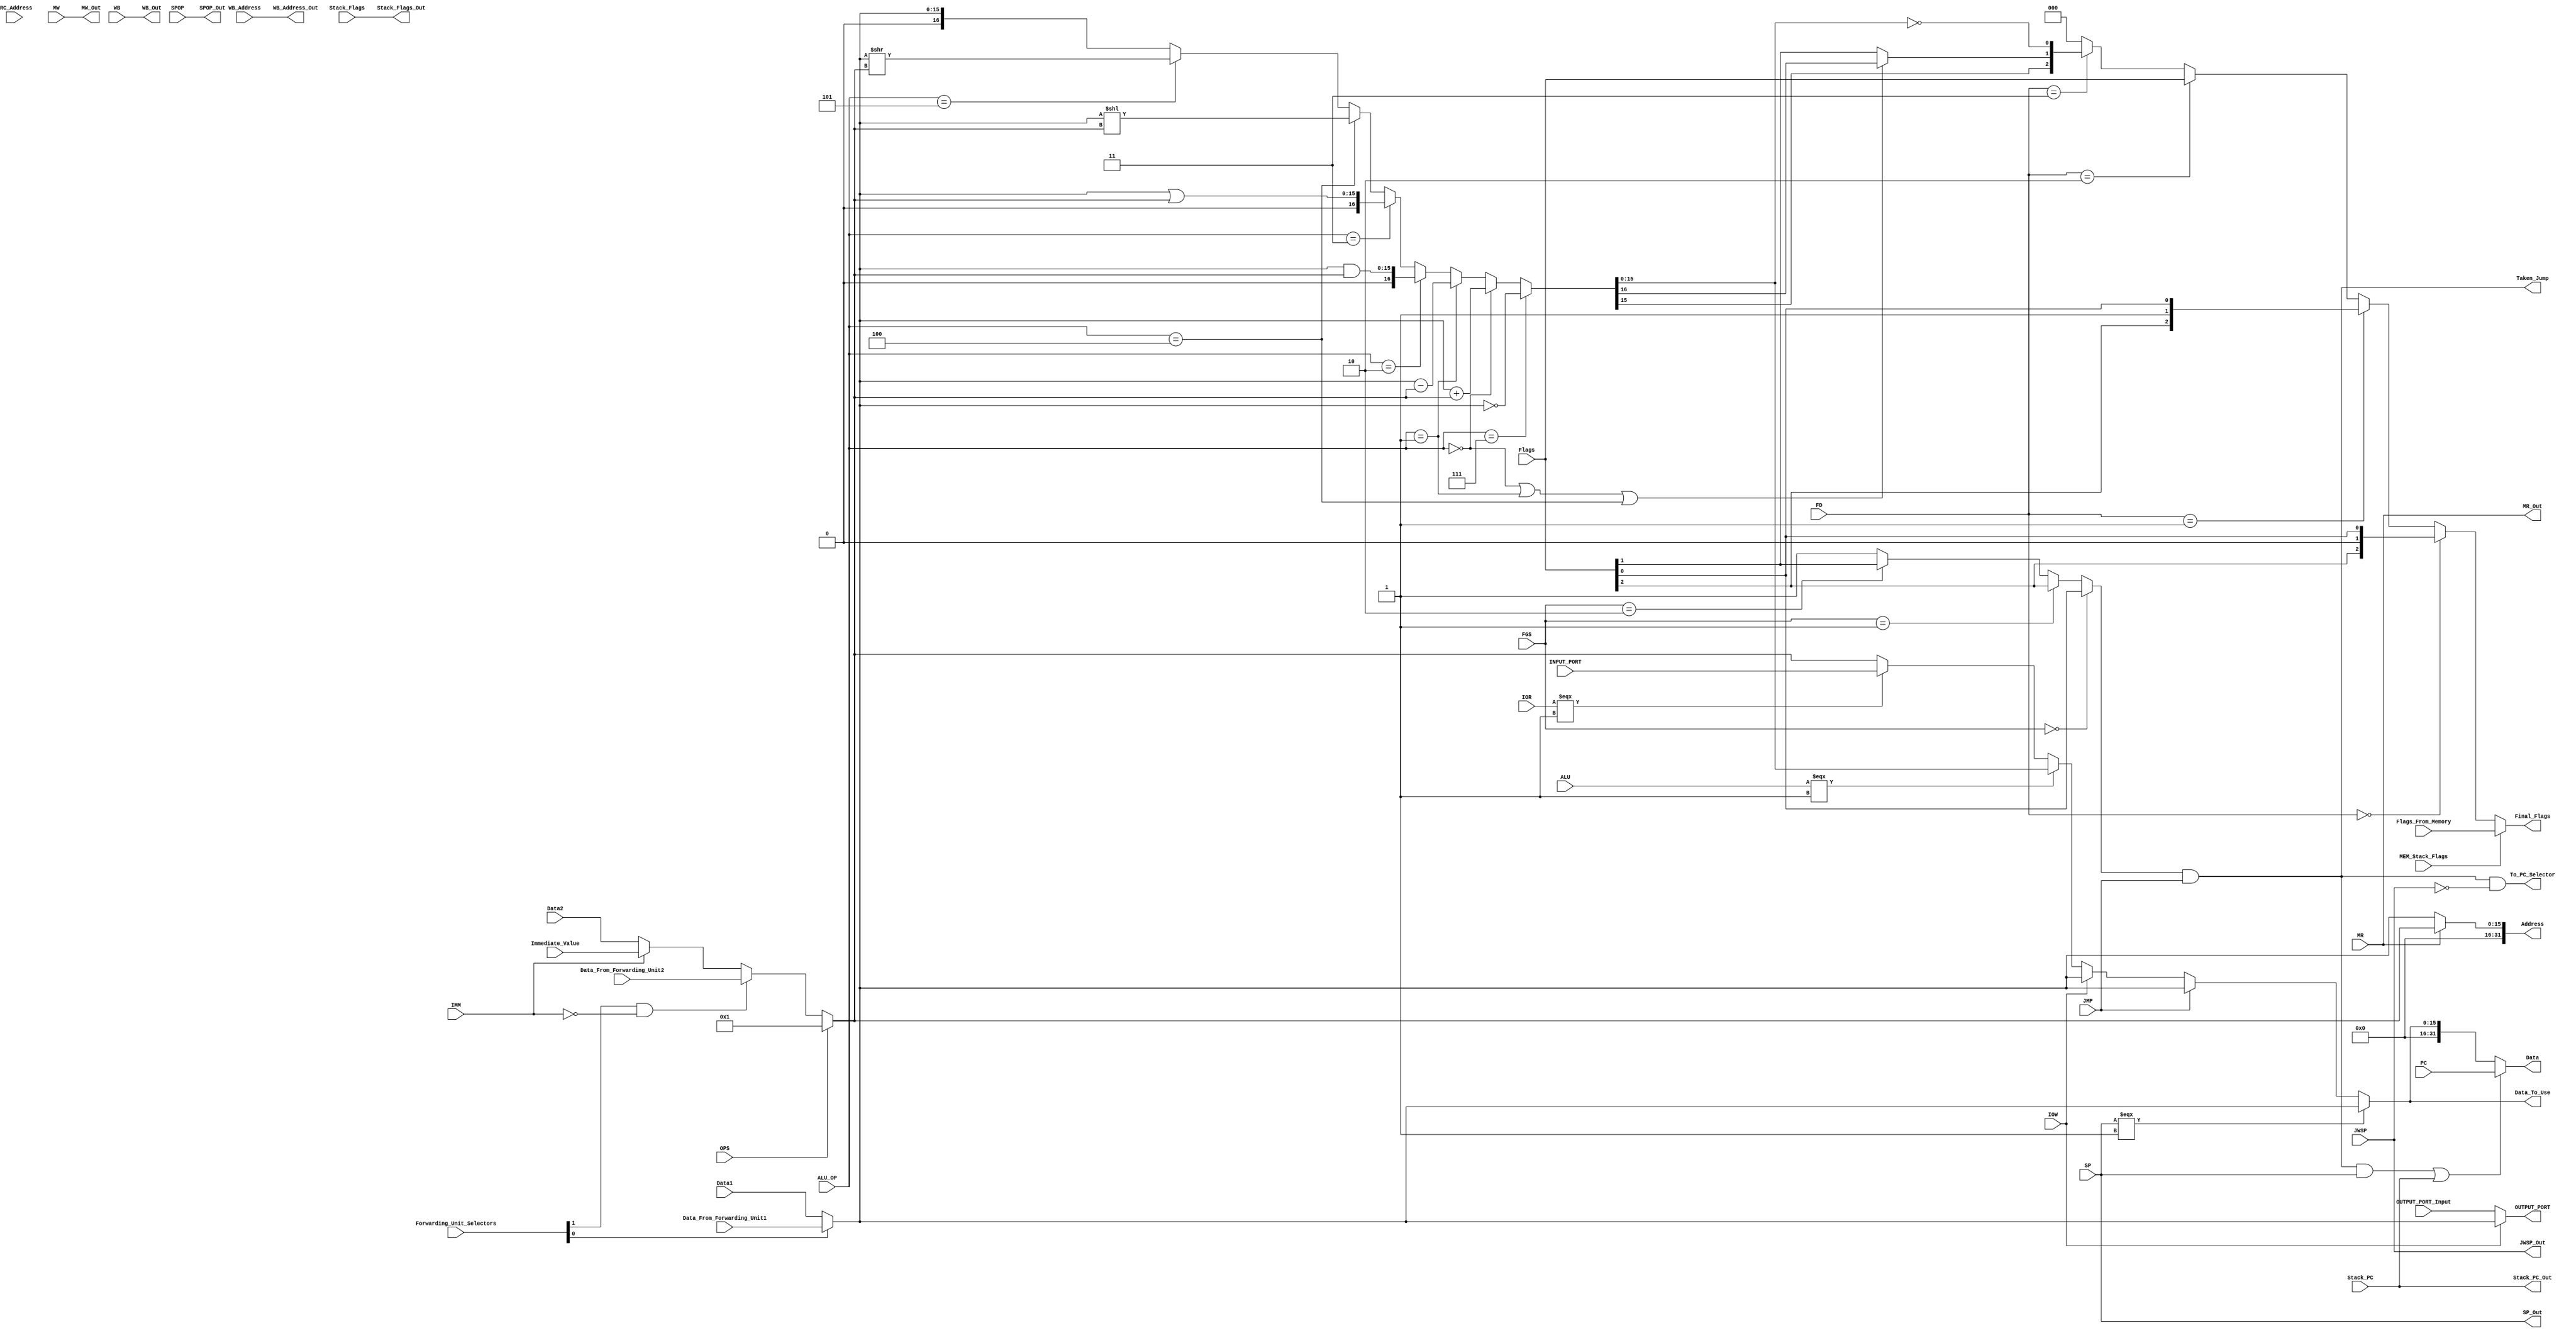
/*ID/EX Buffer 91 bit*/
/*
1: IOR                                |  0 
1: IOW                                |  1
1: OPS                                |  2
3: ALU_OP                             |  5:3
1: ALU                                |  6
2: FD                                 |  8:7
16: Data1                             |  24:9
16: Data2                             |  40:25
3: WB_Address                         |  43:41
1: MR                                 |  44
1: MW                                 |  45
1: WB                                 |  46
1: JMP                                |  47
1: SP                                 |  48
1: SPOP                               |  49
2: FGS                                |  51:50
32: PC                                |  83:52
1: JWSP                               |  84
3: SRC_Address                        |  87:85
1: IMM                                |  88
1: Stack_PC                           |  89
1: Stack_Flags                        |  90
*/

/*EX/MEM Buffer 78*/
/*
32: Data                    | 31:0
3: WB_Address_Out           | 34:32         
1: MR_Out                   | 35
1: MW_Out                   | 36
1: WB_Out                   | 37
32: Address                 | 69:38
1: JWSP_Out                 | 70
1: Stack_PC_Out             | 71
1: Stack_Flags_Out          | 72
3: Final_Flags              | 75:73
1: SP_Out                   | 76
1: SPOP_Out                 | 77
*/


module ExecutionUnit(
    /*Inputs From Buffer*/
    IOR,IOW,OPS,ALU,MR,MW,WB,JMP, SP,SPOP,JWSP,IMM,Stack_PC,Stack_Flags,
    FD,FGS,
    ALU_OP,WB_Address,SRC_Address,
    Data1,Data2,Immediate_Value,
    PC,

    /*Signals*/
    Forwarding_Unit_Selectors, // 1-bit To be changed in the design

    /*Asynchronous Inputs*/
    Data_From_Forwarding_Unit1,
    Data_From_Forwarding_Unit2,

    /*Flags*/
    /*NF|CF|ZF*/
    Flags,

    /*Flags From Memory*/
    /*NF|CF|ZF*/
    Flags_From_Memory,

    /*Input Port*/
    INPUT_PORT,

    /*Output Port*/
    OUTPUT_PORT,
    OUTPUT_PORT_Input,

    /*Outputs*/
    MR_Out,MW_Out,WB_Out,JWSP_Out,Stack_PC_Out,Stack_Flags_Out, SP_Out, SPOP_Out,
    WB_Address_Out,
    Data,Address,

    /*Flags Outputs*/
    /*NF|CF|ZF*/
    Final_Flags,

    /*For Jumps*/
    Taken_Jump, 

    /*out for pc */
    Data_To_Use,

    /* Output Signals */
    /*PC Selectors*/
    To_PC_Selector,
    /*Data From EX/MEM Buffer*/
    MEM_Stack_Flags
);  
    /*Inputs*/
    input IOR,IOW,OPS,ALU,MR,MW,WB,JMP,SP,SPOP,JWSP,IMM,Stack_PC,Stack_Flags,MEM_Stack_Flags;
    input [1:0] FD,FGS,Forwarding_Unit_Selectors;
    input [2:0] ALU_OP,WB_Address,SRC_Address,Flags,Flags_From_Memory;
    input [15:0] Data1,Data2,Immediate_Value,Data_From_Forwarding_Unit1,Data_From_Forwarding_Unit2,INPUT_PORT,OUTPUT_PORT_Input;
    input [31:0] PC;

    /*Outputs*/
    output MR_Out,MW_Out,WB_Out,JWSP_Out,Stack_PC_Out,Stack_Flags_Out, Taken_Jump, To_PC_Selector, SP_Out, SPOP_Out;
    output [2:0] WB_Address_Out,Final_Flags;
    output [15:0] OUTPUT_PORT,Data_To_Use;
    output [31:0] Data,Address;

    /*Connections*/
    wire Temp_CF,Select_Flags_Or_From_Memory, Jump_On_Which_Flag;
    wire [2:0] Flags_From_Decision,Flags_Out;
    wire [15:0] Operand1,Operand2,Immediate_Or_Register,Data_Or_One,Data_From_ALU;


    /* Level 1 */
    assign Operand1= (Forwarding_Unit_Selectors[0]==1'b1)?Data_From_Forwarding_Unit1:Data1;

    assign Immediate_Or_Register= (IMM==1'b1)?Immediate_Value:Data2;

    assign Data_Or_One= (Forwarding_Unit_Selectors[1]==1'b1&&IMM==1'b0)?Data_From_Forwarding_Unit2:Immediate_Or_Register;

    assign Operand2= (OPS==1'b1)?16'd1:Data_Or_One;

    assign OUTPUT_PORT = (IOW==1'b0)?OUTPUT_PORT_Input:Operand1;


    /* Level 2 */
    assign {Temp_CF,Data_From_ALU} = (ALU_OP==3'd7)? ~Operand1:
        (ALU_OP==3'd0)? Operand1+Operand2:
        (ALU_OP==3'd1)? Operand1-Operand2:
        (ALU_OP==3'd2)? Operand1&Operand2:
        (ALU_OP==3'd3)? Operand1|Operand2:
        (ALU_OP==3'd4)? Operand1<<Operand2:
        (ALU_OP==3'd5)? Operand1>>Operand2:Operand1;


    /*NF|CF|ZF*/
    assign Flags_Out[0]= Data_From_ALU==16'd0; // ZF
    assign Flags_Out[1]= (ALU_OP==3'd0 || ALU_OP==3'd1 || ALU_OP==3'd4) ? Temp_CF : Flags[1]; // CF
    assign Flags_Out[2]= Data_From_ALU[15]==1'b1; // NF


    /* Level 3 */
    assign Data_To_Use=(SP===1'b1)?Operand1:
        (JMP==1'b1)?Operand1:
        (IOW==1'b1)?Operand1:
        (ALU===1'b1)?Data_From_ALU:
        (IOR===1'b1)?INPUT_PORT:
        (MW===1'b1)?Operand2:Operand2;


    assign Flags_From_Decision=(FD==2'b00)?{Flags[2],1'b0,Flags[0]}:
        (FD==2'b01)?{Flags[2],1'b1,Flags[0]}:
        (FD==2'b10)?Flags:
        (FD==2'b11)?Flags_Out:3'b000;

    
    assign Select_Flags_Or_From_Memory= MEM_Stack_Flags;

    assign Final_Flags=(Select_Flags_Or_From_Memory==1'b1)?Flags_From_Memory:Flags_From_Decision;

    
    /* Level 4 Data*/

    /*NF|CF|ZF*/
    assign Jump_On_Which_Flag = (FGS==2'd0)? Flags[0]:
        (FGS==2'd1)? Flags[2]:
        (FGS==2'd2)? Flags[1]: 1'b1;
    
    assign Taken_Jump = Jump_On_Which_Flag & JMP;


    assign Data =  ((Taken_Jump & SP)|Stack_PC)? PC: {{16{1'b0}},Data_To_Use}; 
    

    /* Level 4 Address*/

    assign Address = (MR==1'b1)? {{16{1'b0}}, Operand2}: {{16{1'b0}}, Operand1};          
        // Address = Src in Case of Load 
        // Address = Dst Otherwise

    
    assign To_PC_Selector = (Taken_Jump & !JWSP);

    /*Unchangable*/
    assign  {MR_Out,MW_Out,WB_Out,JWSP_Out,Stack_PC_Out,Stack_Flags_Out,WB_Address_Out, SP_Out, SPOP_Out}={MR,MW,WB,JWSP,Stack_PC,Stack_Flags,WB_Address, SP, SPOP};
endmodule